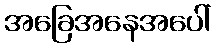
အခြေအနေအပေါ်